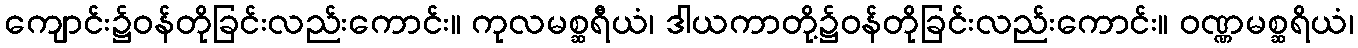
ကျောင်း၌ဝန်တိုခြင်းလည်းကောင်း။ ကုလမစ္ဆရီယံ၊ ဒါယကာတို့၌ဝန်တိုခြင်းလည်းကောင်း။ ဝဏ္ဏမစ္ဆရိယံ၊